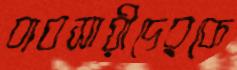
ব্যবসায়ীদেরকে